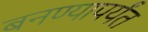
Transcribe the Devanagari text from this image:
बनण्यापर्यंत